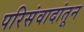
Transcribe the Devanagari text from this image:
परिसंवादांतून